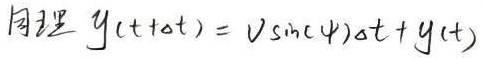
同理 $y(t + \Delta t) = v \sin(\psi)\Delta t + y(t)$